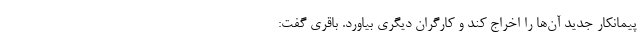
پیمانکارِ جدید آن‌ها را اخراج کند و کارگران دیگری بیاورد. باقری گفت: